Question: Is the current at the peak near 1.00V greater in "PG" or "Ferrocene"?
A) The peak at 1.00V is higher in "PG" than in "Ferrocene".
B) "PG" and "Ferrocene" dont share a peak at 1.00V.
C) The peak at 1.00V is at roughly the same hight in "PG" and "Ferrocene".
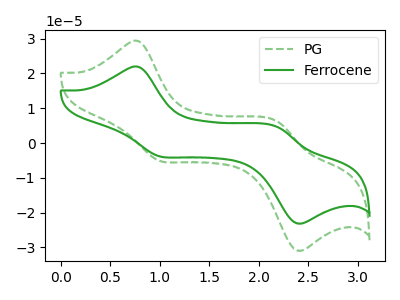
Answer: <think>The green dashed curve "PG" has anodic peaks at (0.80V, 29.30uA) (2.20V, 6.20uA) and cathodic peaks at (1.00V, -5.10uA) (2.40V, -30.70uA). The green curve "Ferrocene" has anodic peaks at (0.80V, 21.95uA) (2.20V, 4.65uA) and cathodic peaks at (1.00V, -3.80uA) (2.40V, -22.95uA).</think>
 <answer>A) The peak at 1.00V is higher in "PG" than in "Ferrocene".</answer>
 <eval>A</eval>